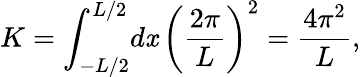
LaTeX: K=\int_{-L/2}^{L/2}\! d\mathit{x}\, \left(\frac{{2\pi}}{{L}}\right)^{2}=\frac{{4\pi^{2}}}{L},